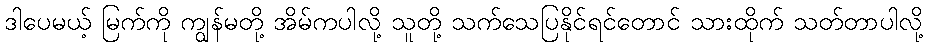
ဒါပေမယ့် မြက်ကို ကျွန်မတို့ အိမ်ကပါလို့ သူတို့ သက်သေပြနိုင်ရင်တောင် သားထိုက် သတ်တာပါလို့